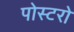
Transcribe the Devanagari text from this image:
पोस्टरो